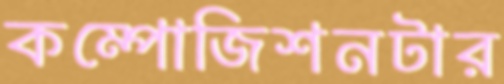
কম্পোজিশনটার